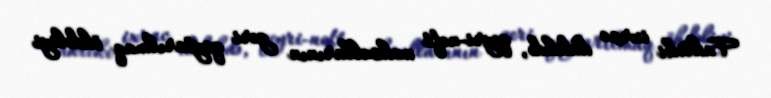
Faktiki ixrac dedikdə, qeyri-neft məhsullarının geri qaytarılmaq öhdəliyi